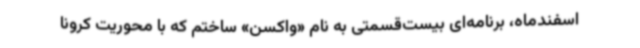
اسفندماه، برنامه‌ای بیست‌قسمتی به نام «واکسن» ساختم که با محوریت کرونا